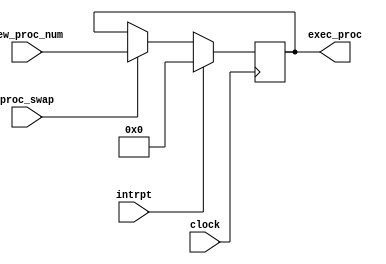
module PROCESS_KEEPER(proc_swap, clock, intrpt, new_proc_num, exec_proc);
	
	//INPUTS
	input proc_swap, clock, intrpt;
	input [31:0] new_proc_num;	
	
	//OUTPUTS
	output [31:0] exec_proc;
	
	reg [31:0] proc_num;
	
	always @ (posedge clock)
	begin
		if(intrpt) 
			proc_num <= 32'b0;
		else if(proc_swap)
			proc_num <= new_proc_num;
	end

	assign exec_proc = proc_num;
	
endmodule